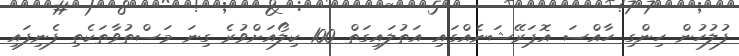
ފުލުހުން ހިންގި ހާއްސަ އޮޕަރޭޝަނެއްގައި އަތުލައިގަތް 100 ކިލޯއަށްވުރެ ގިނަ މަސްތުވާތަކެތި ފެނިފައި